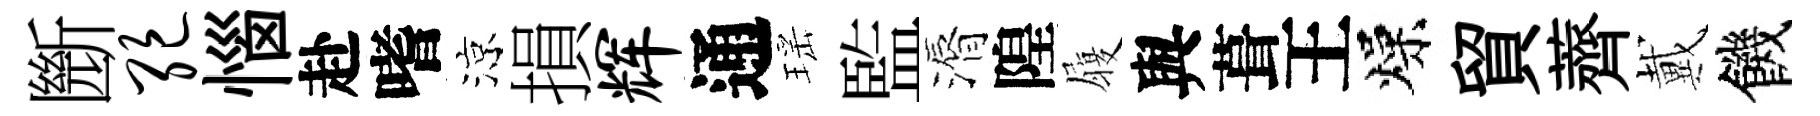
㫁绝惱赴嗜涼損辉通瑶監漘隍履與葺王燥貿薺戴饑